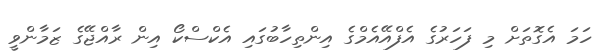
ހަމަ އެގޮތަށް މި ފަހަރުގެ އެފްއޭއެމްގެ އިންތިހާބުގައި އެކްސްކޯ އިން ރާއްޖޭގެ ޒަމާންވީ